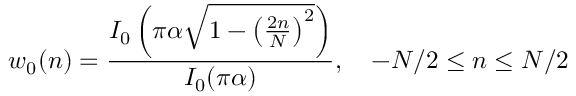
w _ { 0 } ( n ) = { \frac { I _ { 0 } \left( \pi \alpha { \sqrt { 1 - \left( { \frac { 2 n } { N } } \right) ^ { 2 } } } \right) } { I _ { 0 } ( \pi \alpha ) } } , \quad - N / 2 \leq n \leq N / 2